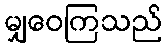
မျှဝေကြသည်